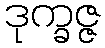
ဒုက္ခဇ္ဇ